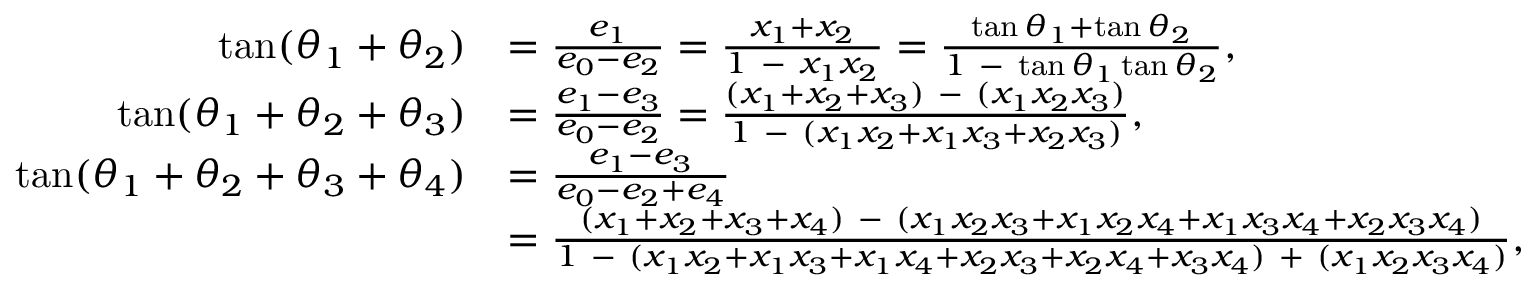
{ \begin{array} { r l } { \tan ( \theta _ { 1 } + \theta _ { 2 } ) } & { = { \frac { e _ { 1 } } { e _ { 0 } - e _ { 2 } } } = { \frac { x _ { 1 } + x _ { 2 } } { 1 \ - \ x _ { 1 } x _ { 2 } } } = { \frac { \tan \theta _ { 1 } + \tan \theta _ { 2 } } { 1 \ - \ \tan \theta _ { 1 } \tan \theta _ { 2 } } } , } \\ { \tan ( \theta _ { 1 } + \theta _ { 2 } + \theta _ { 3 } ) } & { = { \frac { e _ { 1 } - e _ { 3 } } { e _ { 0 } - e _ { 2 } } } = { \frac { ( x _ { 1 } + x _ { 2 } + x _ { 3 } ) \ - \ ( x _ { 1 } x _ { 2 } x _ { 3 } ) } { 1 \ - \ ( x _ { 1 } x _ { 2 } + x _ { 1 } x _ { 3 } + x _ { 2 } x _ { 3 } ) } } , } \\ { \tan ( \theta _ { 1 } + \theta _ { 2 } + \theta _ { 3 } + \theta _ { 4 } ) } & { = { \frac { e _ { 1 } - e _ { 3 } } { e _ { 0 } - e _ { 2 } + e _ { 4 } } } } \\ & { = { \frac { ( x _ { 1 } + x _ { 2 } + x _ { 3 } + x _ { 4 } ) \ - \ ( x _ { 1 } x _ { 2 } x _ { 3 } + x _ { 1 } x _ { 2 } x _ { 4 } + x _ { 1 } x _ { 3 } x _ { 4 } + x _ { 2 } x _ { 3 } x _ { 4 } ) } { 1 \ - \ ( x _ { 1 } x _ { 2 } + x _ { 1 } x _ { 3 } + x _ { 1 } x _ { 4 } + x _ { 2 } x _ { 3 } + x _ { 2 } x _ { 4 } + x _ { 3 } x _ { 4 } ) \ + \ ( x _ { 1 } x _ { 2 } x _ { 3 } x _ { 4 } ) } } , } \end{array} }